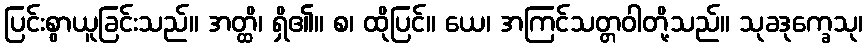
ပြင်းစွာယူခြင်းသည်။ အတ္ထိ၊ ရှိ၏။ စ၊ ထိုပြင်။ ယေ၊ အကြင်သတ္တဝါတို့သည်။ သုခဒုက္ခေသု၊